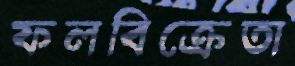
ফলবিক্রেতা